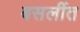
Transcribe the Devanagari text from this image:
बसलींत